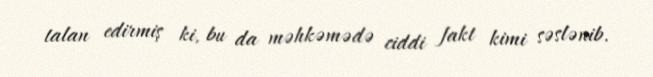
talan edirmiş ki, bu da məhkəmədə ciddi fakt kimi səslənib.